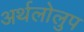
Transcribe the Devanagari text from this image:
अर्थलोलुप